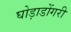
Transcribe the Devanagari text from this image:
घोड़ाडोंगरी